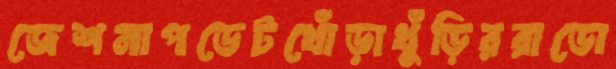
জেশনাপডেটখোঁড়াখুঁড়িররাডো